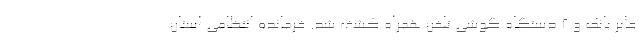
عابر بانک و ۲ دستگاه گوشی تلفن همراه کشف شد. فرمانده انتظامی استان